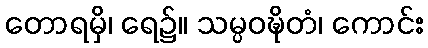
တောရမှိ၊ ရေ၌။ သမ္ပဝဍ္ဎိတံ၊ ကောင်း